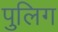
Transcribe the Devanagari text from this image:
पुलिग